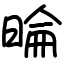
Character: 㫻